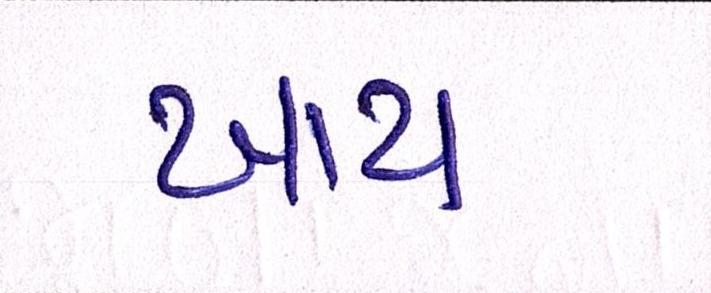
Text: ખાય